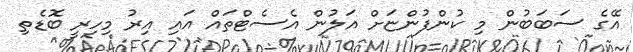
އޭގެ ސަބަބުން މި ކުންފުންޏަށް އަލުން އެސެޓްތައް އައި އިރު މިހިރީ ބޮޑެތި